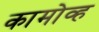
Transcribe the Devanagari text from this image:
कामोव्ह